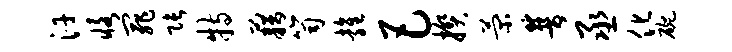
汗恪罪张特藉笥雍巴揆菊普丞化碗